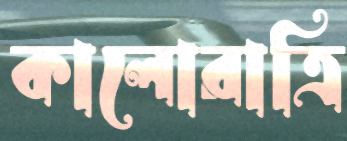
কালোরাত্রি